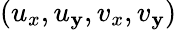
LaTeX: (u_{x},u_{\mathbf{y}},v_{x},v_{\mathbf{y}})